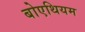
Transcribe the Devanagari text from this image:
बोएथियम